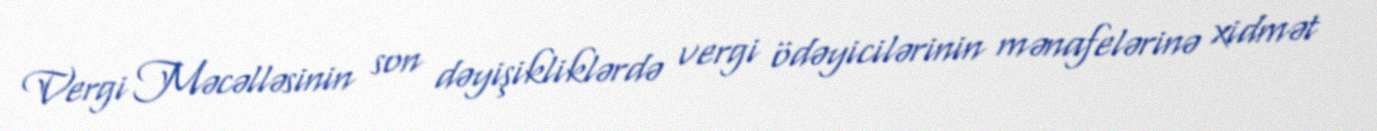
Vergi Məcəlləsinin son dəyişikliklərdə vergi ödəyicilərinin mənafelərinə xidmət